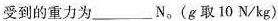
受到的重力为___N。(g取10N/kg)